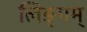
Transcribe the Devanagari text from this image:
लिङ्गम्‌